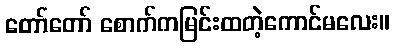
တော်တော် စောက်ကမြင်းထတဲ့ကောင်မလေး။